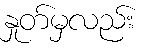
နှုတ်မှလည်း